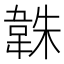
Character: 𮧱